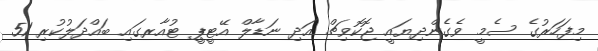
މިފަހަރުގެ ސެމީ ވެގެންދިޔައީ ޖޮކޮވިޗް އަދި ނަޑާލް އޭޓީޕީ ޓުއާރގައި ބައްދަލުކުރި 51